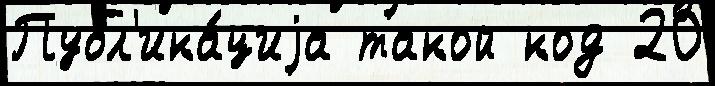
Публ'ика́циjа такой код 20